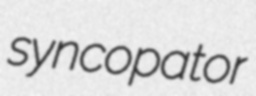
syncopator